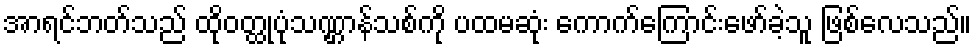
အာရင်ဘတ်သည် ထိုဝတ္ထုပုံသဏ္ဌာန်သစ်ကို ပထမဆုံး ကောက်ကြောင်းဖော်ခဲ့သူ ဖြစ်လေသည်။